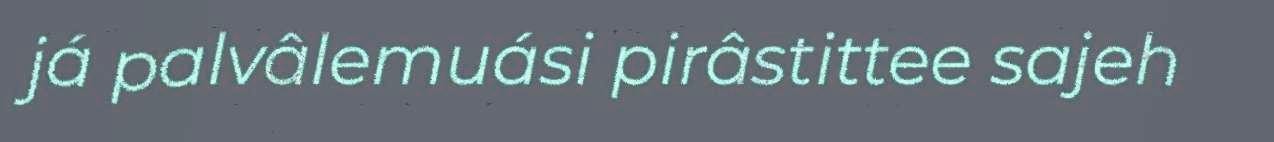
já palvâlemuási pirâstittee sajeh